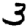
Digit: 3